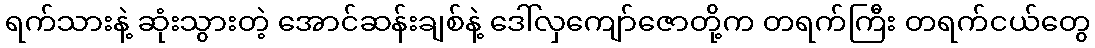
ရက်သားနဲ့ ဆုံးသွားတဲ့ အောင်ဆန်းချစ်နဲ့ ဒေါ်လှကျော်ဇောတို့က တရက်ကြီး တရက်ငယ်တွေ